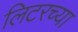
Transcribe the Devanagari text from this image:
लिटरच्या